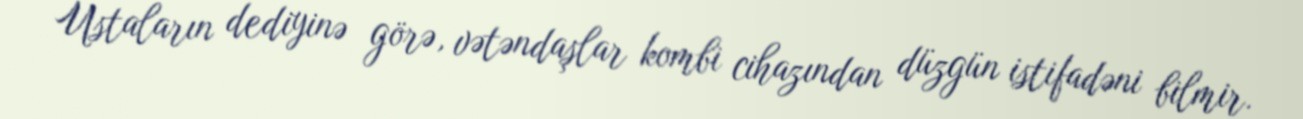
Ustaların dediyinə görə, vətəndaşlar kombi cihazından düzgün istifadəni bilmir.